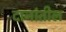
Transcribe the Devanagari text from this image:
दानांतील